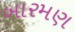
બારમણ